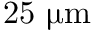
2 5 ~ \ensuremath { \upmu \mathrm { m } }